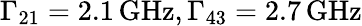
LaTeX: \Gamma_{21}=2.1\, \textrm{GHz},\Gamma_{43}=2.7\mathrm{\, GHz}